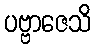
ပဗ္ဗာဇေသိ